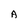
Character: A